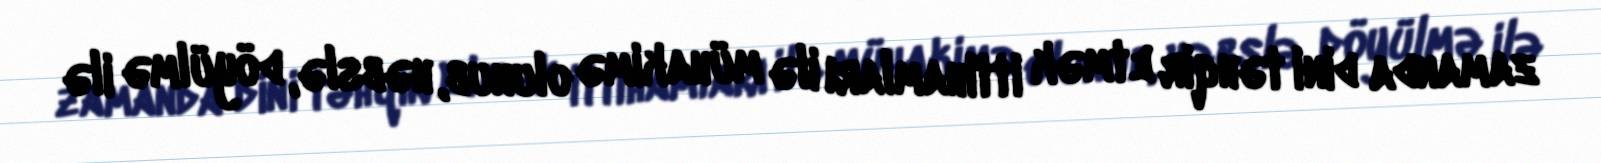
zamanda dini təhqir etmək ittihamları ilə mühakimə olunub, həbslə, döyülmə ilə